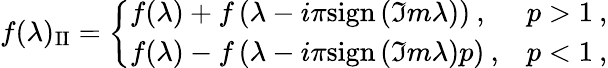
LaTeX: f(\lambda)_{\mathrm{II}}=\left\{ \begin{array}{ll}{{f(\lambda)+f\left(\lambda-i\pi\mathrm{sign}\left(\Im m\lambda\right)\right)\: ,}}&{{p>1\: ,}}\\ {{f(\lambda)-f\left(\lambda-i\pi\mathrm{sign}\left(\Im m\lambda\right)p\right)\: ,}}&{{p<1\: ,}}\end{array}\right.